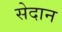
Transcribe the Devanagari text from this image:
सेदान